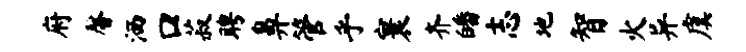
府馨洒口菽聘鼻管乎寰齐皤志地智火异虞